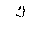
Letter: _kaf